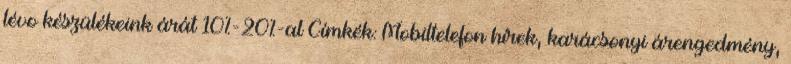
lévo készülékeink árát 10%-20%-al Címkék: Mobiltelefon hírek, karácsonyi árengedmény,